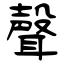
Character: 聲